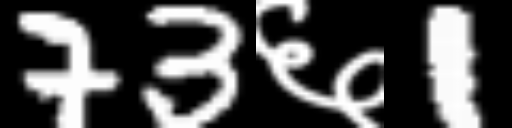
Text: 73६1